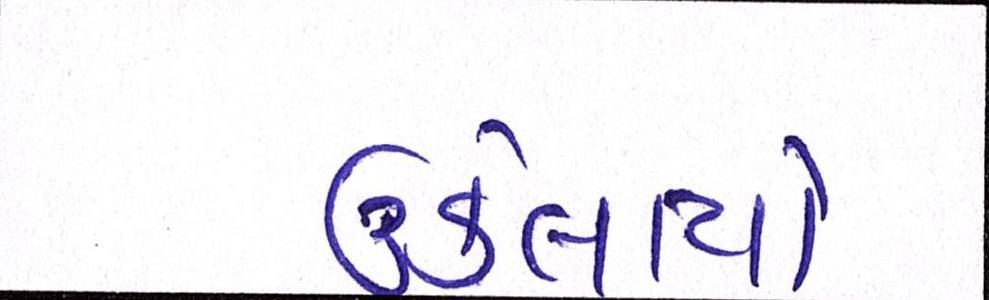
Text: ઉકેલાયો